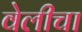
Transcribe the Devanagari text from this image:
वेलीचा